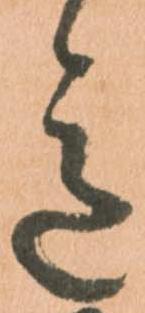
意